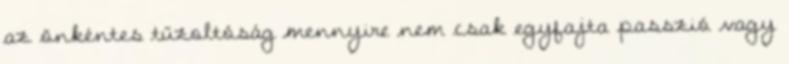
az önkéntes tűzoltóság mennyire nem csak egyfajta passzió vagy